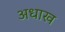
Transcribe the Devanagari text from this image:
अधाख